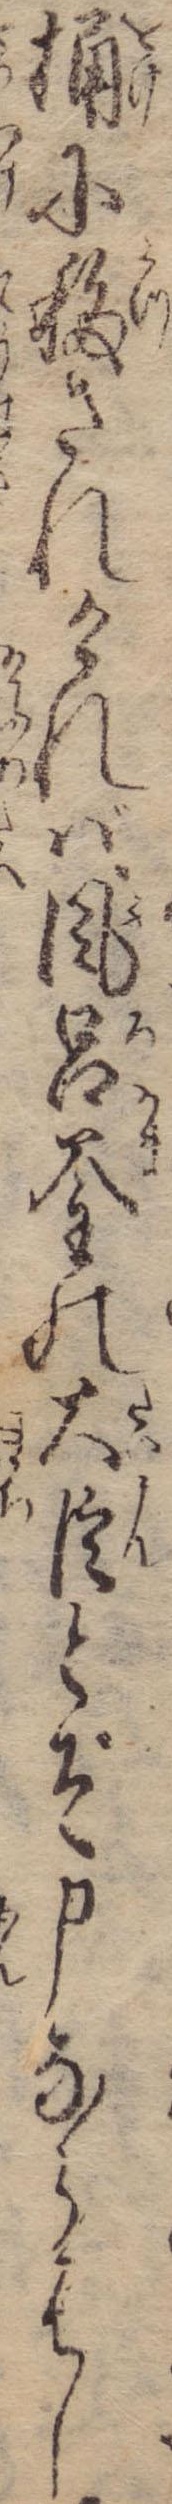
桶に移されければ風呂釜の大臣とぞ申ならはし